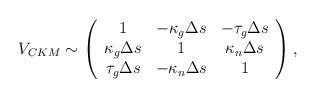
\begin{align*}V_{CKM} \sim \left( \begin{array}{ccc} 1 & - \kappa_g \Delta s & - \tau_g \Delta s \\ \kappa_g \Delta s & 1 & \kappa_n \Delta s \\ \tau_g \Delta s & - \kappa_n \Delta s & 1 \end{array} \right),\end{align*}